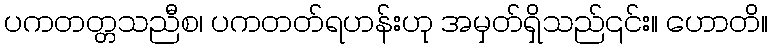
ပကတတ္တသညီစ၊ ပကတတ်ရဟန်းဟု အမှတ်ရှိသည်၎င်း။ ဟောတိ။